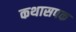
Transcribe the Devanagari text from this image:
कथासपक